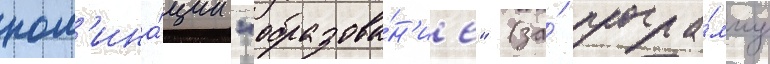
ном'ина́ции "образова́н'ие" (за́ програ́мму